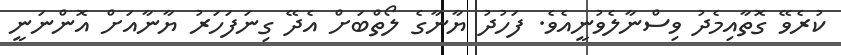
ކުރެވޭ ގޮތާއިމެދު ވިސްނާލެވުނީއެވެ. ފަހުދު ޔާނާގެ ލޯތްބަށް އެދޭ ގިނަފަހަރު ޔާނާއަށް އޮންނަނީ